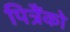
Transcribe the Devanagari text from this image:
पित्रैंको